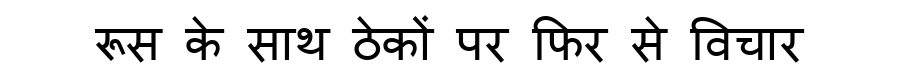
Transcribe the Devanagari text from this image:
रूस के साथ ठेकों पर फिर से विचार